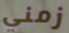
زمني